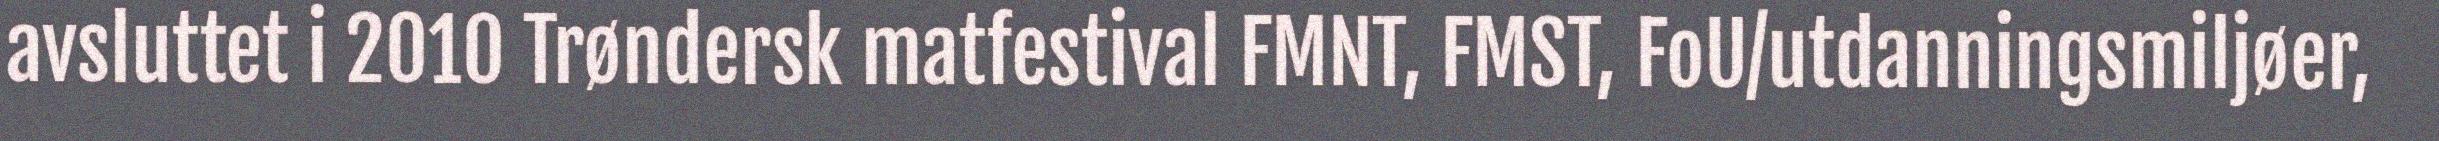
avsluttet i 2010 Trøndersk matfestival FMNT, FMST, FoU/utdanningsmiljøer,